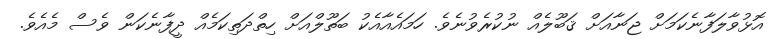
އޮޅުވާލަފާނެކަމަށް ޖަނާއަށް ޤަބޫލެއް ނުކުރެވުނެވެ. ހަމައެއާއެކު ބަތޫލްއަށް ހިތްދަތިކަމެއް ދީފާނެކަން ވެސް މެއެވެ.